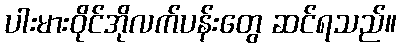
ပါးမားဝိုင်အိုလက်ပန်းတွေ ဆင်ရသည်။